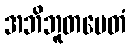
အဘိဘူတမေတံ